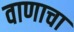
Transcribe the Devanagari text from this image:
वाणाचा